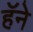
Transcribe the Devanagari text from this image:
हॅने